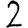
Digit: 2